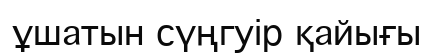
ұшатын сүңгуір қайығы